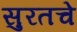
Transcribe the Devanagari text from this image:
सुरतचे